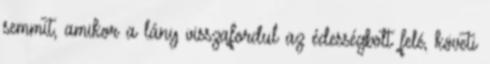
semmit, amikor a lány visszafordul az édességbolt felé, követi